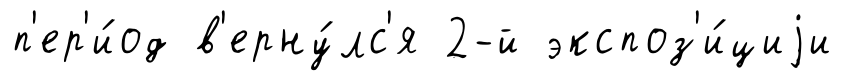
п'ер'и́од в'ерну́лс'я 2-й экспоз'и́циjи